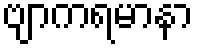
ဗျာကရမာနာ